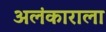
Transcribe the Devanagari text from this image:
अलंकाराला